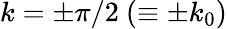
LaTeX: k=\pm\pi/2\ (\equiv\pm k_{0})